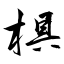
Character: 椇